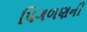
પિગળણની